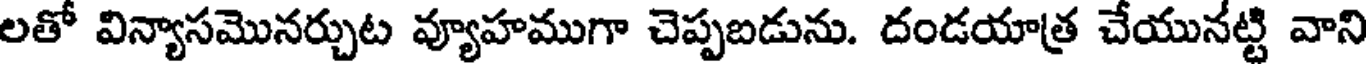
లతో విన్యాసమొనర్చుట వ్యూహముగా చెప్పబడును. దండయాత్ర చేయునట్టి వాని